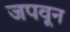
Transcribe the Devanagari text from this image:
जपवून